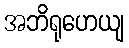
အဘိရုဟေယျ